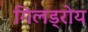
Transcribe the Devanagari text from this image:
गिलड्रोय